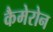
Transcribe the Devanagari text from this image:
कैमेरोन